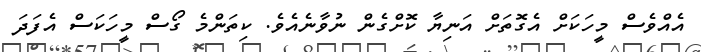
އެއްވެސް މީހަކަށް އެގޮތަށް އަނިޔާ ކޮށްގެން ނުވާނެއެވެ. ކިތަންމެ ގޯސް މީހަކަސް އެފަދަ